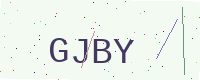
Text: GJBY